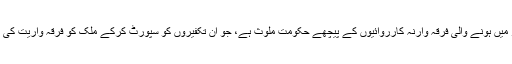
انہوں نے کہا کہ ملک بھر میں ہونے والی فرقہ وارنہ کارروائیوں کے پیچھے حکومت ملوث ہے، جو ان تکفیروں کو سپورٹ کرکے ملک کو فرقہ واریت کی آگ میں دھکیلنا چاہتی ہے۔